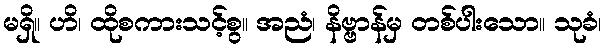
မရှိ။ ဟိ၊ ထိုစကားသင့်စွ။ အညံ၊ နိဗ္ဗာန်မှ တစ်ပါးသော။ သုခံ၊